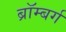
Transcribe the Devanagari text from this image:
ब्रॉम्बर्ग